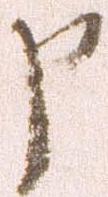
申